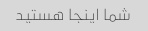
شما اینجا هستید